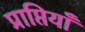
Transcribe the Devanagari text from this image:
प्राप्तियाँ